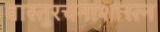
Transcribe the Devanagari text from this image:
वास्तुरचनाशास्त्न